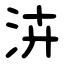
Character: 泋